Indian Medical Review
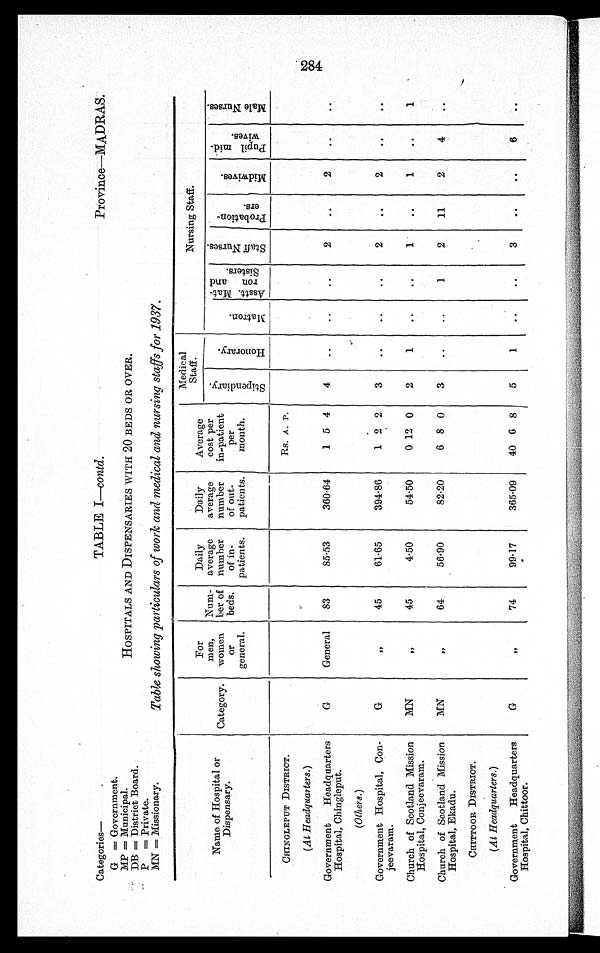
Name of Hospital or
Dispensary.
Category.
For
men,
women
or
general.
Num-
her of
beds.
Daily
average
number
of in-
patients.
Daily
average
number
of out-
patients.
Average
cost per
in-patient
per
month.
Medical
Staff.
Nursing Staff.
S t i p e n d i a r y .
H o n o r a r y .
M a t r o n .
A s s t t . M a t - r o n a n d S i s t e r s .
S t a f f N u r s e s .
P r o b a t i o n - e r s .
Mi dwi ve s .
P u p i l m i d - w i v e s
Mal e Nurses.
CHINGLEPUT DISTRICT.
Rs. A. P.
(At Headquarters.)
Government Headquarters
Hospital, Chingleput.
G
General
83
85.53
360.64
1 5 4
4
..
..
..
2
..
2
. .
. .
(Others. )
Government Hospital, Con-
jeevaram.
G
,,
45
61.65
394.86
1 2 2
3
..
..
..
2
..
2
. .
. .
Church of Scotland Mission
Hospital, Conjeevaram.
MN
,,
45
4.50
54.50
0 12 0
2
1
..
..
1
..
1
..
1
Church of Scotland Mission
Hospital, Ekadu.
MN
,,
64
56.90
82.20
6 8 0
3
..
...
1
2
11
2
4
. .
CHITTOOR DISTRICT.
(At Headquarters.)
Government Headquarters
Hospital, Chittoor.
G
,,
74
9 9 . 1 7
365.09
40 6 8
5
1
..
..
3
. .
. .
6
..
Categories—
G = Government.
MP = Municipal.
DB = District Board.
P = Private.
MN = Missionary.
TABLE I—contd.
Province—MADRAS.
HOSPITALS AND DISPENSARIES WITH 20 BEDS OR OVER.
Table showing particulars of work and medical and nursing staffs for 1937.
284